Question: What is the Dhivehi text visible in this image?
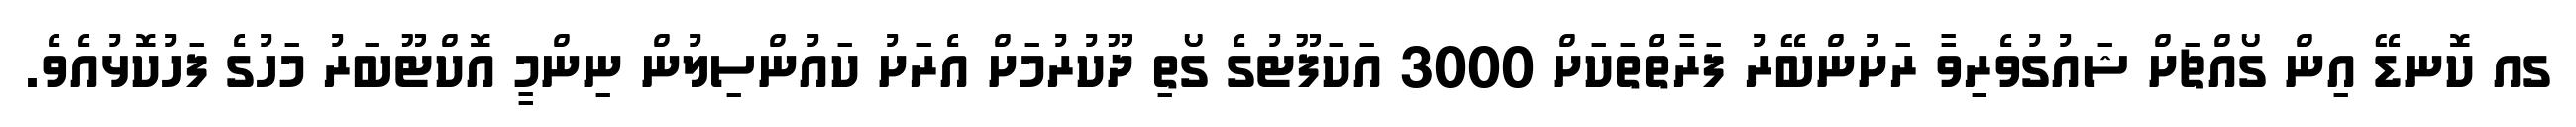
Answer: ގއ ކޮނޑޭ އިން ގޯއްޗަށް ޝައުގުވެރިވާ ރަށުންބޭރު ފަރާތްތަކަށް 3000 އަކަފޫޓުގެ ގޯތި ދޫކުރުމަށް އެރަށު ކައުންސިލުން ނިންމީ އޮކްޓޫބަރު މަހުގެ ފަހުކޮޅުއެވެ.